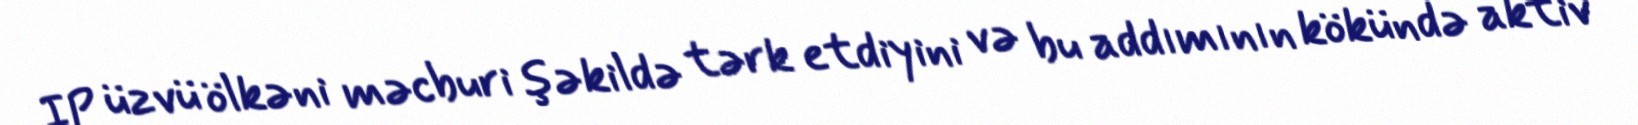
IP üzvü ölkəni məcburi şəkildə tərk etdiyini və bu addımının kökündə aktiv